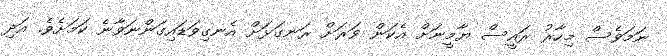
ނަމަވެސް މިހާރު ރައީސް ޔާމީނަށް އެކަން ވަރަށް ރަނގަޅަށް އެނގިވަޑައިގަންނަވާނެ ކަމަށެވެ. އަދި